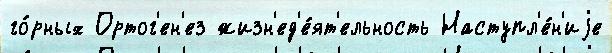
го́рных Ортог'ен'ез жизн'ед'е́ят'ельность Наступл'е́н'иjе